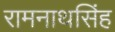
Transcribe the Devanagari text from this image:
रामनाथसिंह